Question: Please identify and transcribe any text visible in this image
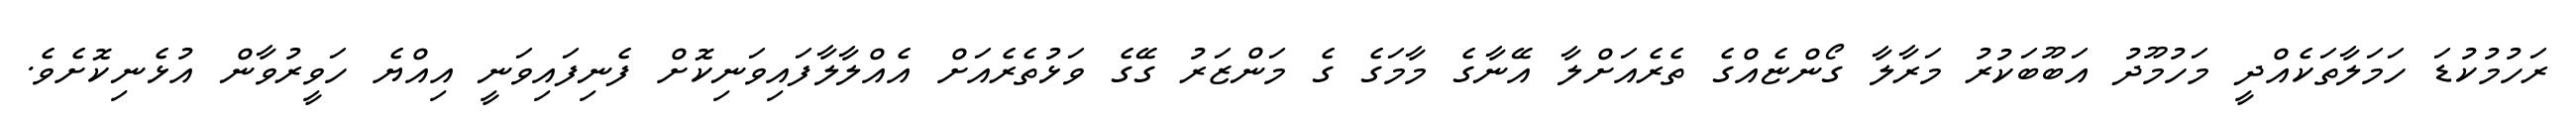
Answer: ރަހުމުކުޑަ ހަމަލާތަކެއްދީ މަހުމޫދު އަބޫބަކުރު މަރާލާ ގޯންޏެއްގެ ތެރެއަށްލާ އޭނާގެ މާމަގެ ގެ މަންޒަރު ގޭގެ ވަޅުތެރެއަށް އެއްލާލާފައިވަނިކޮށް ފެނިފައިވަނީ އިއްޔެ ހަވީރުވާން އުޅެނިކޮށެވެ.